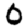
Digit: 0